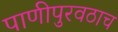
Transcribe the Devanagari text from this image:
पाणीपुरवठाच